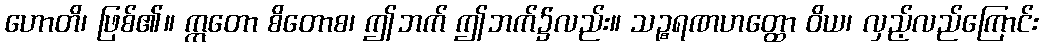
ဟောတိ၊ ဖြစ်၏။ ဣတော စိတောစ၊ ဤဘက် ဤဘက်၌လည်း။ သဉ္စရဏဟတ္ထော ဝိယ၊ လှည့်လည်ကြောင်း